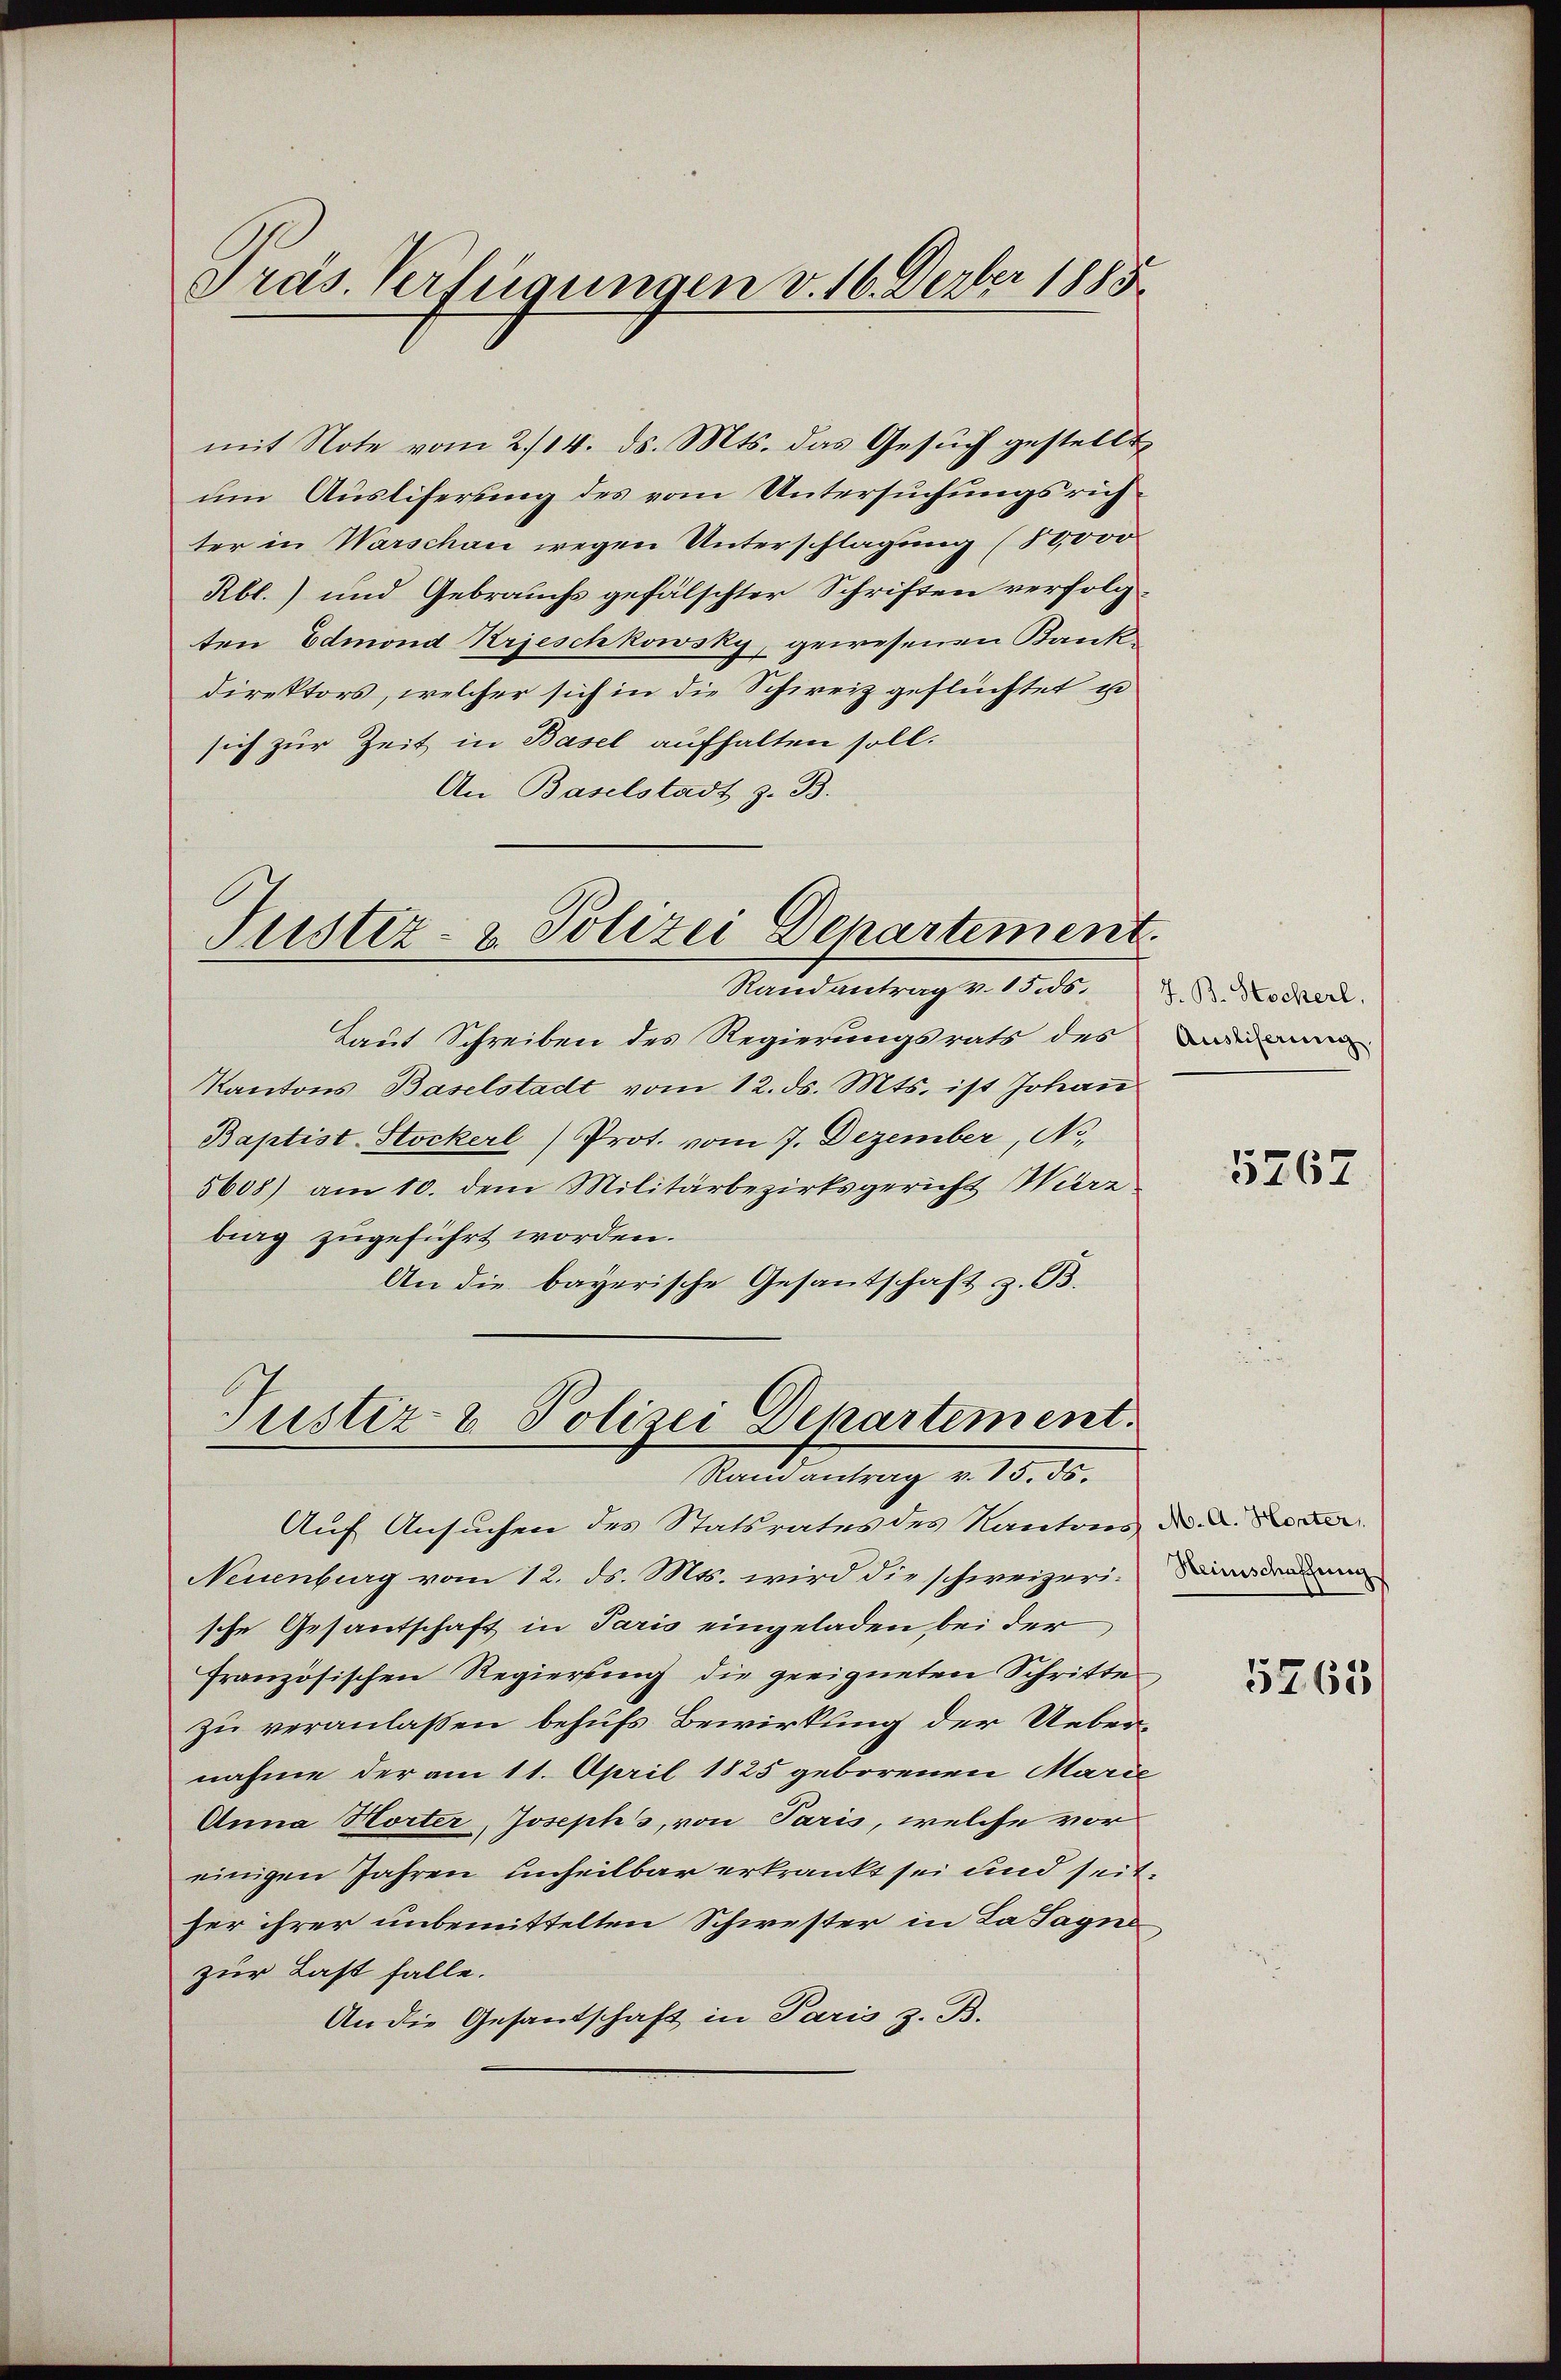
Präs. Verfügungen v. 16. Derber 1815

um Ausliferung des vom Untersuchungsrich
ter in Warschan wegen Unterschlagung (10,000
Rbl.) und Gebrauchs gefälschter Schriften verfolg-
ten Edmond Krieschkowsky, gewesenen Bankdirektors, welcher sich in die Schweiz geflüchtet u
sich zur Zeit in Basel aufhalten soll.
An Baselstadt z. B.

mit Note vom 2./14. ds. Mts. das Gesuch gestellt

Justiz- & Polizei Departement.
Randantrag v. 15. ds.

Laut Schreiben des Regierungsrats des
Kantons Baselstadt vom 12. ds. Mts. ist Johan
Baptist-Stockerl Prot. vom 7. Dezember, No.
5608) am 10. dem Militärbezirksgericht Wirz
biag zugeführt worden.
An die bayerische Gesantschaft z. B.

Justiz- & Polizei Departement.
Randantrag v. 15. ds.

Auf Ansuchen des Statsrates des Kantons d. d. Becker
Neuenburg vom 12. ds. Mts. wird die schweizerische Gesantschaft in Paris eingeladen bei der
französischen Regierung die geeigneten Schritte
zu veranlassen behufs Bewirkung der Uebernahme der am 11. April 1825 geborenen Marie
Anna Nörter, Joseph's, von Paris, welche vor
einigen Jahren unheilbar erkrankt sei und seither ihrer unbemittelten Schwester in La Jagne
zur Last falle.
An die Gesandschaft in Paris z. B.

7. B. Stockerl.
Ausliferung

5767

Steinschaffung

5765